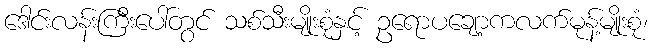
ဒေါင်းလန်းကြီးပေါ်တွင် သစ်သီးမျိုးစုံနှင့် ဥရောပချော့ကလက်မုန့်မျိုးစုံ၊